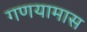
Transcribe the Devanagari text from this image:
गणयामास